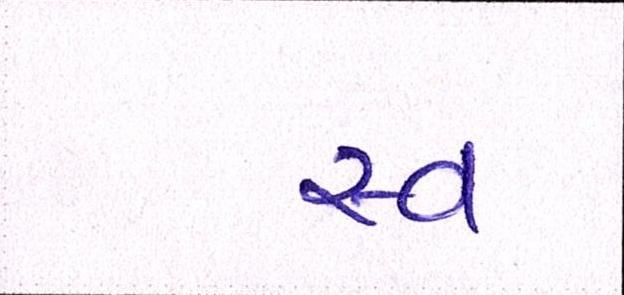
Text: સ્વ